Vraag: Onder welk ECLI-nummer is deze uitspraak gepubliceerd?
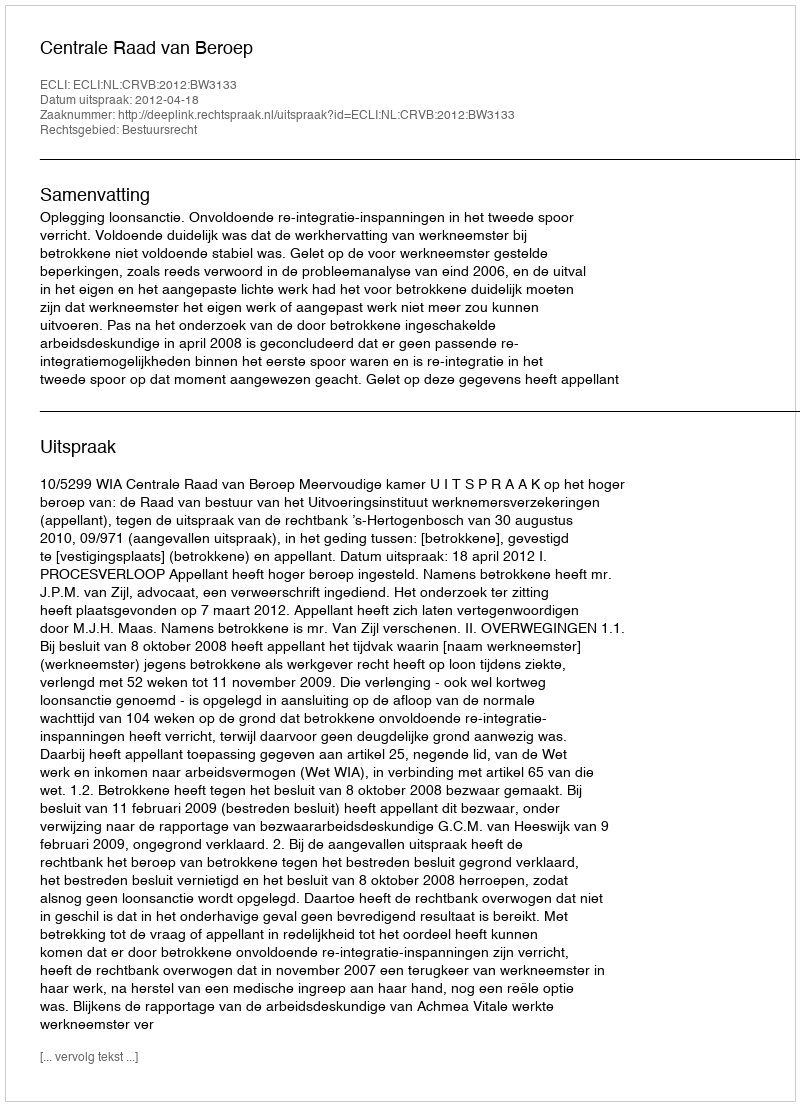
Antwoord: ECLI:NL:CRVB:2012:BW3133